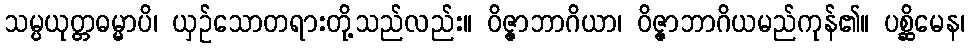
သမ္ပယုတ္တဓမ္မာပိ၊ ယှဉ်သောတရားတို့သည်လည်း။ ဝိဇ္ဇာဘာဂိယာ၊ ဝိဇ္ဇာဘာဂိယမည်ကုန်၏။ ပစ္ဆိမေန၊